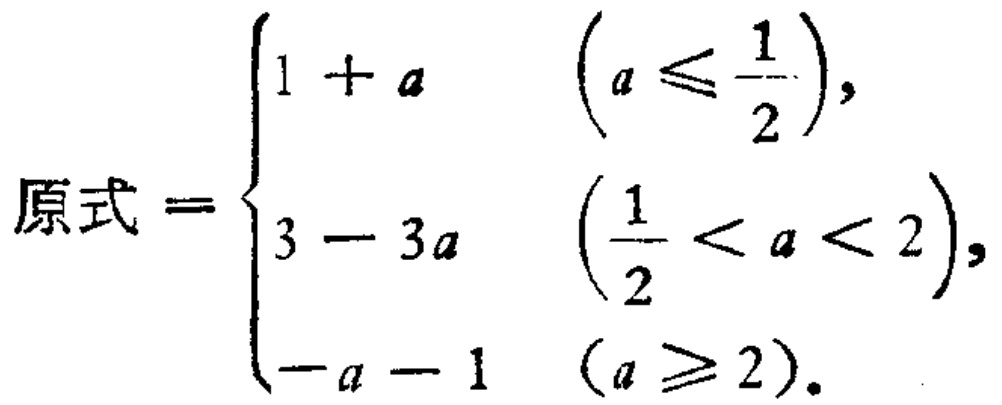
\[

原式 =

\begin{cases}

1 + a & (a \leqslant \frac{1}{2}), \\

3 - 3a & (\frac{1}{2} < a < 2), \\

-a - 1 & (a \geqslant 2).

\end{cases}

\]